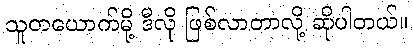
သူတယောက်မို့ ဒီလို ဖြစ်လာတာလို့ ဆိုပါတယ်။